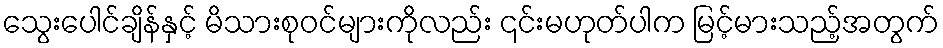
သွေးပေါင်ချိန်နှင့် မိသားစုဝင်များကိုလည်း ၎င်းမဟုတ်ပါက မြင့်မားသည့်အတွက်